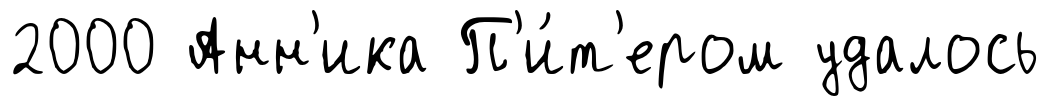
2000 Анн'ика П'и́т'ером удалось